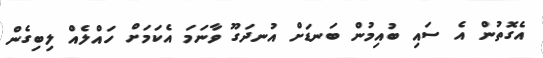
އެގޮތުން އެ ސައި ބުއިމުން ބަނޑަށް އުނދަގޫ ވާނަމަ އެކަމަށް ހައްލެއް ލިބިގެން